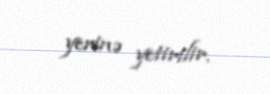
yerinə yetirilir.